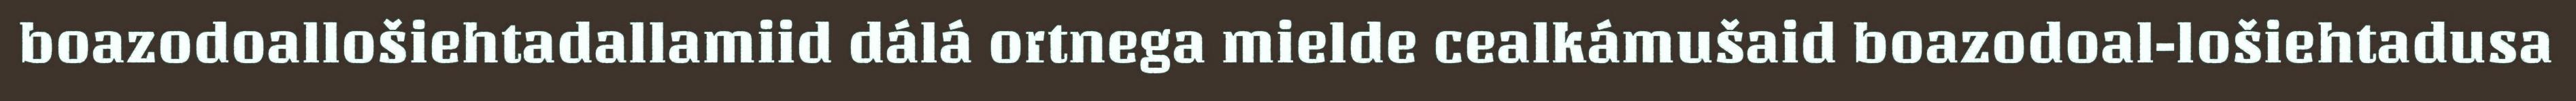
boazodoallošiehtadallamiid dálá ortnega mielde cealkámušaid boazodoal-lošiehtadusa